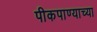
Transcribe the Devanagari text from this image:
पीकपाण्याच्या